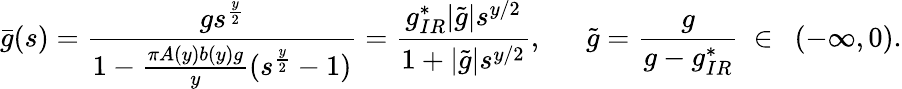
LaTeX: \bar{g}(s)=\frac{gs^{\frac{y}{2}}}{1-\frac{\pi A(y)b(y)g}{y}(s^{\frac{y}{2}}-1)}=\frac{g_{IR}^{*}|\tilde{g}|s^{y/2}}{1+|\tilde{g}|s^{y/2}},\ \ \ \ \ \ \tilde{g}=\frac{g}{g-g_{IR}^{*}}\ \in\ \ (-\infty,0).